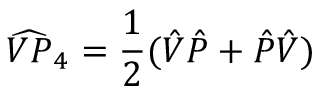
\widehat { V P } _ { 4 } = \frac { 1 } { 2 } ( \hat { V } \hat { P } + \hat { P } \hat { V } )